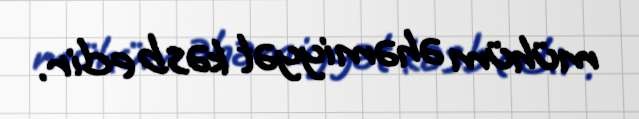
mühüm əhəmiyyət kəsb edir.